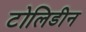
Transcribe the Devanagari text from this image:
टोलिडीन